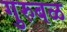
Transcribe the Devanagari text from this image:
गुरुबळ